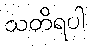
သတိရပါ